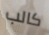
كالب